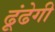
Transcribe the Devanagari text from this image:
ढूंढेगी